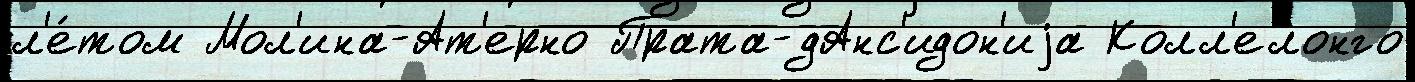
л'е́том Мол'ина-Ат'ерно Прата-дАнс'идон'иjа Колл'елонго